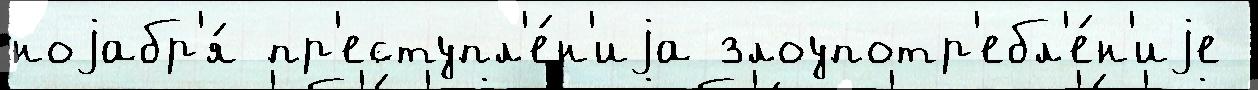
ноjабр'я́ пр'еступл'е́н'иjа злоупотр'ебл'е́н'иjе